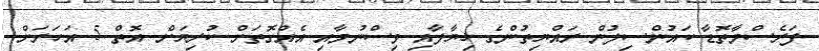
ފަރެސްމާތޮޑާ ކައުންސިލުން ރައްޔިތުންގެ ޚިޔާލާއި ވިސްނުމާއި އެއްގޮތަށް ކުރިޔަށް އޮތް 5 އަހަރަށް